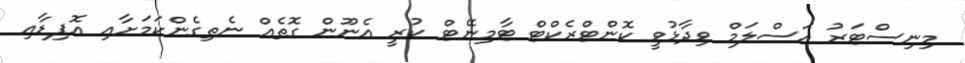
މިނިސްޓަރު އަސްލަމް ވިދާޅުވީ ކޮންޓްރެކްޓް ޓާމިނޭޓް ކުރީ އެނޫން ގޮތެއް ނެތިގެންކަމަށާއި އޮޕިޑާއި